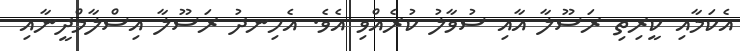
އެކަމާއި ކީރިތި ރަސޫލާ އާއި ސުވާލު ކުރެއްވި އެވެ. އެހިނދު ރަސޫލާ އިސްލާމްދީނާއި